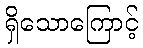
ရှိသောကြောင့်